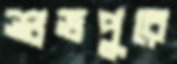
শুভপুরে